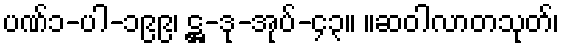
ပဏ်၁-ပါ-၁၉၉၊ ဋ္ဌ-ဒု-အုပ်-၄၃။ ။ဆဝါလာတသုတ်၊